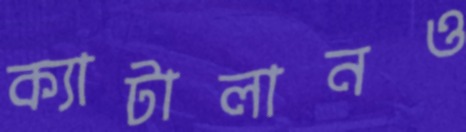
ক্যাটালানও